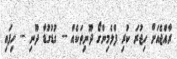
ރާއްޖެއަށް ހިޖުރަ ކުރި ފްލެމިންގޯ ދޫނިތަކެއް -- ގުޑުގުޑާ ދޫނި -- ހިފައި